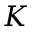
K